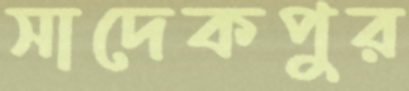
সাদেকপুর